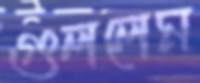
গুললেম